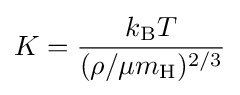
K={\frac {k_{\text{B}}T}{(\rho /\mu m_{\text{H}})^{2/3}}}